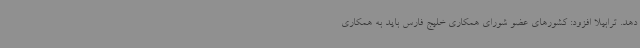
دهد. ترابیلا افزود: کشورهای عضو شورای همکاری خلیج فارس باید به همکاری